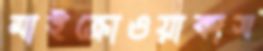
মাইক্রোওয়ার্কাস